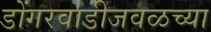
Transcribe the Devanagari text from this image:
डोंगरवाडीजवळच्या